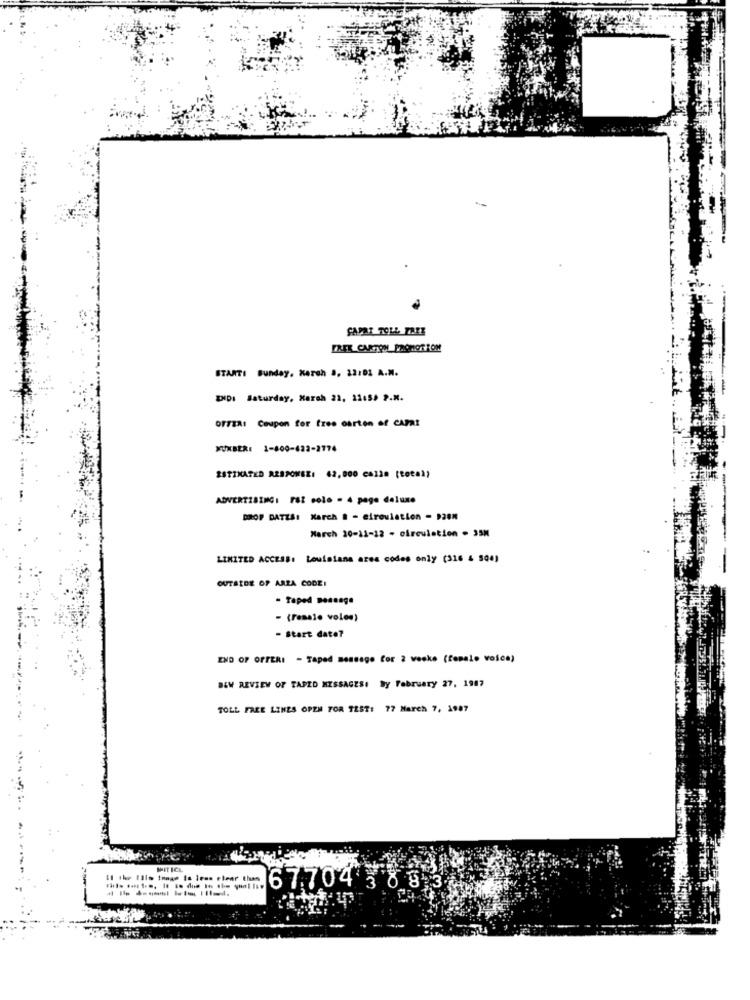
-
SAPAT TOLL FREE
STARTI Sunday, March ., 22:01 A.M.
ZXDI Saturday, March 22, 22:59 P.M.
OFFER: Coupon for free carton of CAFat
NUMBER: 1-800-422-2774
ESTIMATED RESPONSE: 62,000 ca120 (total}
ADVERTISING: PSI colo - 4 page deluxe
DROP DATZA: March & - eireviation - 9288
March 20-11-12 - circulation . 35M
LIMITED ACCESS: Louisiana area codes only (316 & 500)
OUTSIDE OF AREA CODEI
- Taped Desenge
- (resale volos)
- Start date?
END OF OFFERI - Taped message Cor 2 weeks (female voice)
BEW REVIEW OF TAPED MESSAGESI Dy February 27, 1987
TOLL FREE LINES OPEN FOR TEST: 77 March 7, 1987
-
MIT ICL
Il the Illo image is less elear than
67.704 588 3